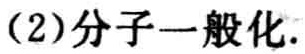
(2)分子一般化.